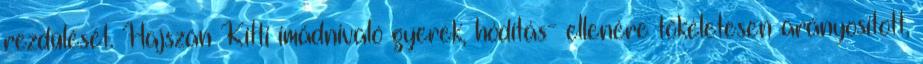
rezdülését. Hajszán Kitti imádnivaló gyerek, hódítás- ellenére tökéletesen arányosított,